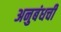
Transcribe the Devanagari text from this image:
अनुबंधची